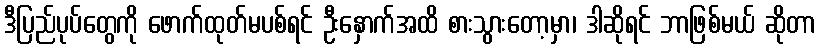
ဒီပြည်ပုပ်တွေကို ဖောက်ထုတ်မပစ်ရင် ဦးနှောက်အထိ စားသွားတော့မှာ၊ ဒါဆိုရင် ဘာဖြစ်မယ် ဆိုတာ